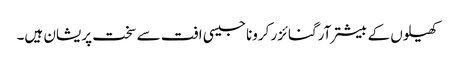
کھیلوں کے بیشتر آرگنائزر کرونا جیسی افت سے سخت پریشان ہیں۔